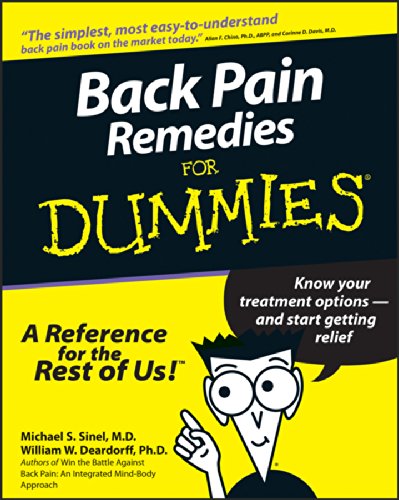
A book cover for Back Pain Remedies For Dummies; Michael S. Sinel; Health, Fitness & Dieting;